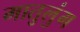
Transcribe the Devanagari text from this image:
मातुलुंग